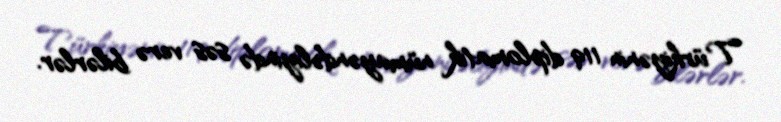
Türkiyənin 119 diplomatik nümayəndəliyində səs verə bilərlər.